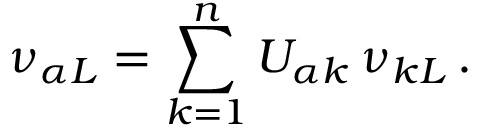
\nu _ { { \alpha } L } = \sum _ { k = 1 } ^ { n } U _ { { \alpha } k } \, \nu _ { k L } \, .